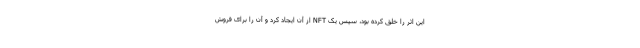
این اثر را خلق کرده بود، سپس یک NFT از آن ایجاد کرد و آن را برای فروش